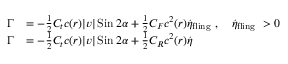
\begin{array} { r l } { \Gamma } & { = - \frac { 1 } { 2 } C _ { t } c ( r ) | v | \operatorname { S i n } 2 \alpha + \frac { 1 } { 2 } C _ { F } c ^ { 2 } ( r ) \dot { \eta } _ { \mathrm { f l i n g ~ } } , \quad \dot { \eta } _ { \mathrm { f l i n g ~ } } > 0 } \\ { \Gamma } & { = - \frac { 1 } { 2 } C _ { t } c ( r ) | v | \operatorname { S i n } 2 \alpha + \frac { 1 } { 2 } C _ { R } c ^ { 2 } ( r ) \dot { \eta } } \end{array}